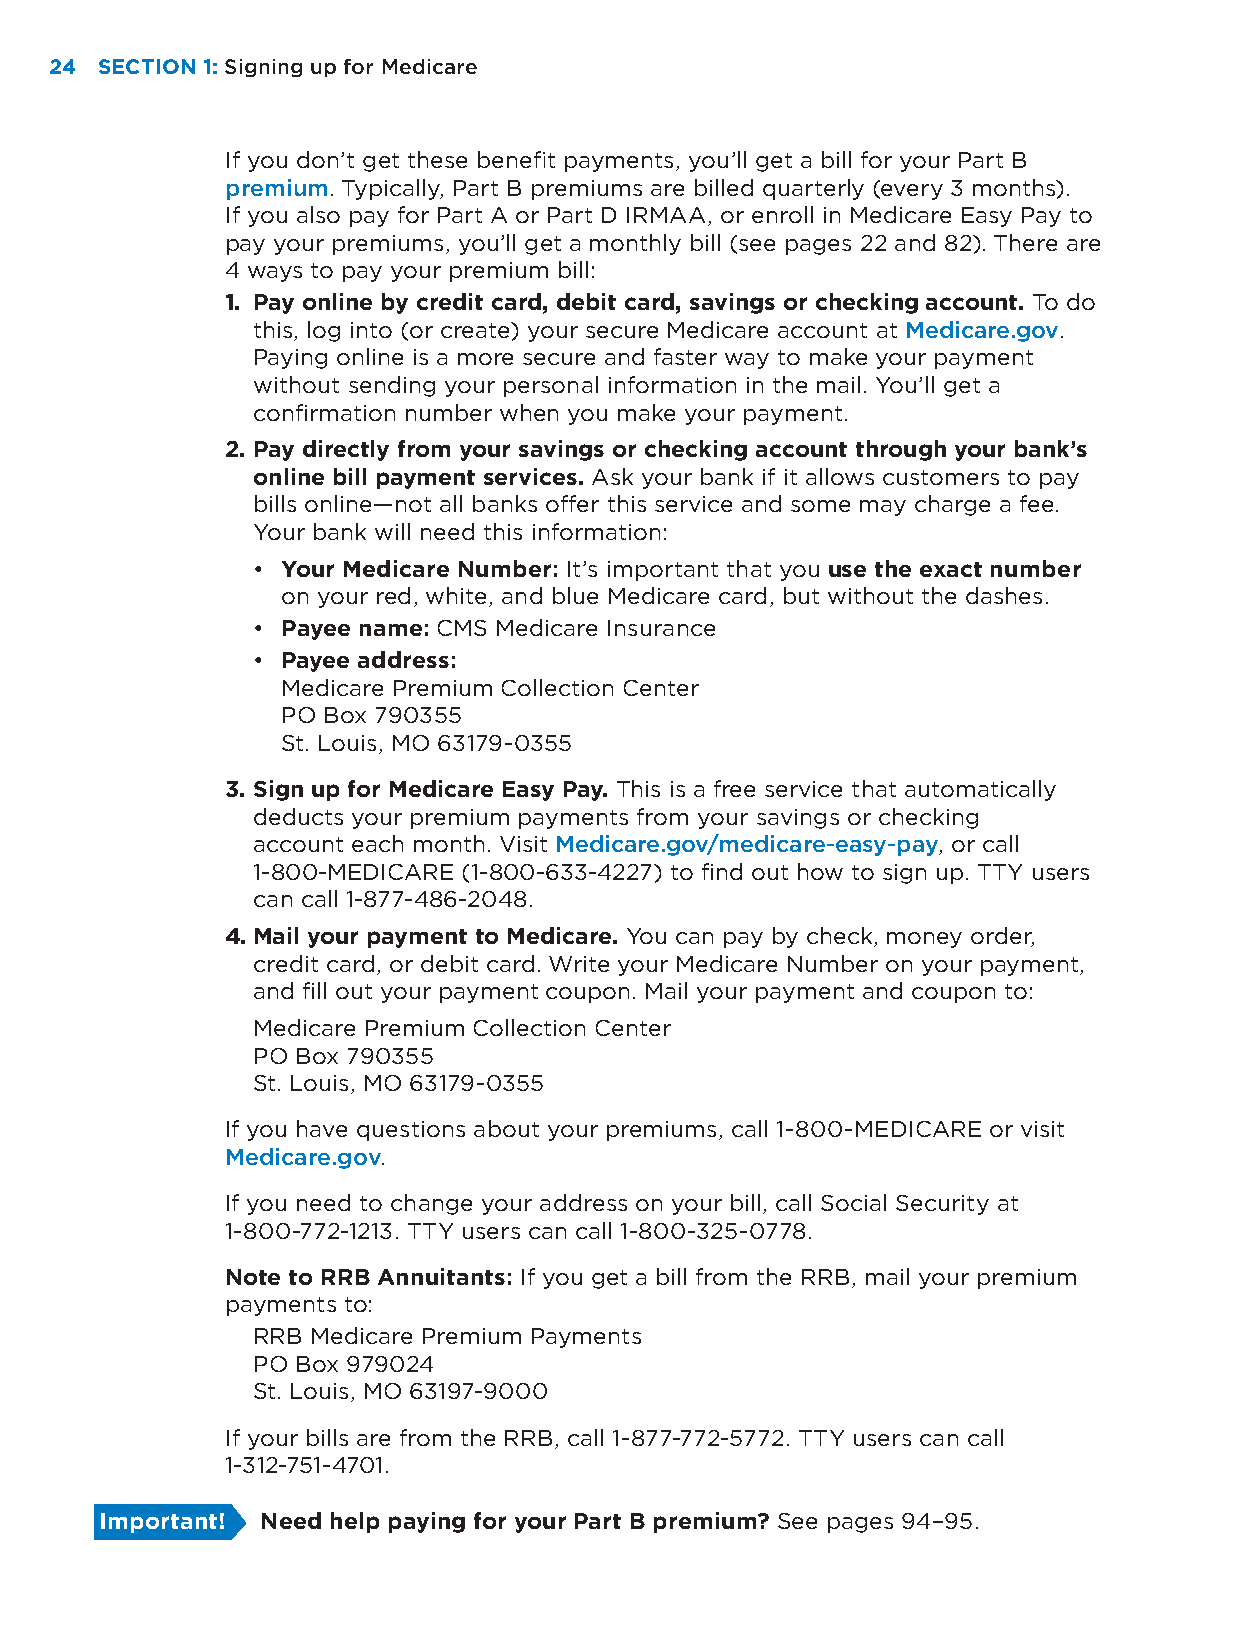
24 SECTION 1: Signing up for Medicare
 If you don’t get these benefit payments, you’ll get a bill for your Part B
 premium. Typically, Part B premiums are billed quarterly (every 3 months).
 If you also pay for Part A or Part D IRMAA, or enroll in Medicare Easy Pay to
 pay your premiums, you’ll get a monthly bill (see pages 22 and 82). There are
 4 ways to pay your premium bill:
 1. Pay online by credit card, debit card, savings or checking account. To do
 this, log into (or create) your secure Medicare account at Medicare.gov.
 Paying online is a more secure and faster way to make your payment
 without sending your personal information in the mail. You’ll get a
 confirmation number when you make your payment.
 2. Pay directly from your savings or checking account through your bank’s
 online bill payment services. Ask your bank if it allows customers to pay
 bills online—not all banks offer this service and some may charge a fee.
 Your bank will need this information:
 • Your Medicare Number: It’s important that you use the exact number
 on your red, white, and blue Medicare card, but without the dashes.
 • Payee name: CMS Medicare Insurance
 • Payee address:
 Medicare Premium Collection Center
 PO Box 790355
 St. Louis, MO 63179-0355
 3. Sign up for Medicare Easy Pay. This is a free service that automatically
 deducts your premium payments from your savings or checking
 account each month. Visit Medicare.gov/medicare-easy-pay, or call
 1-800-MEDICARE (1-800-633-4227) to find out how to sign up. TTY users
 can call 1-877-486-2048.
 4. Mail your payment to Medicare. You can pay by check, money order,
 credit card, or debit card. Write your Medicare Number on your payment,
 and fill out your payment coupon. Mail your payment and coupon to:
 Medicare Premium Collection Center
 PO Box 790355
 St. Louis, MO 63179-0355
 If you have questions about your premiums, call 1-800-MEDICARE or visit
 Medicare.gov.
 If you need to change your address on your bill, call Social Security at
 1-800-772-1213. TTY users can call 1-800-325-0778.
 Note to RRB Annuitants: If you get a bill from the RRB, mail your premium
 payments to:
 RRB Medicare Premium Payments
 PO Box 979024
 St. Louis, MO 63197-9000
 If your bills are from the RRB, call 1-877-772-5772. TTY users can call
 1-312-751-4701.
 Important! Need help paying for your Part B premium? See pages 94–95.